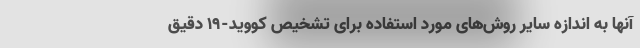
آنها به اندازه سایر روش‌های مورد استفاده برای تشخیص کووید-۱۹ دقیق